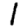
Digit: 1